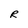
Character: R